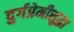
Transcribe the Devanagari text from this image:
दुर्गप्रेमीसुद्धा